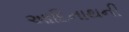
આદિનાથની